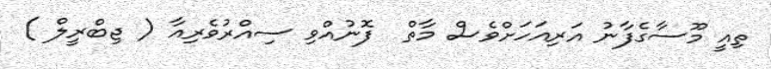
ތިއީ މޫސާގެފާނު އަރިއަހަށްވެސް މާތް  ފޮނުއްވި ސިއްރުވެރިއާ ( ޖިބްރީލް )